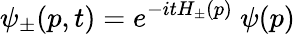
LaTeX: \psi_{\pm}(p,t)=e^{-itH_{\pm}(p)}\ \psi(p)